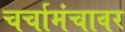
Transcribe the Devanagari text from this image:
चर्चामंचावर